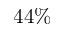
4 4 \%